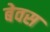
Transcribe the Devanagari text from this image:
बेवस